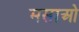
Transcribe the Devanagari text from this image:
मसाओ